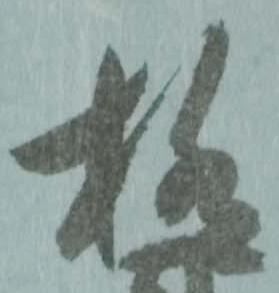
極